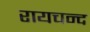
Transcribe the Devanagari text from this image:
रायचन्द